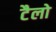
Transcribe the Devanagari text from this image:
टैलो